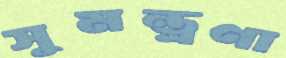
সুমন্ত্রণা